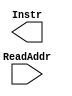
//Stores instruction memeory
module InstrMem(
    //Output(s)
    Instr,
    //Input(s)
    ReadAddr
);
    input wire[15:0] ReadAddr;
    output reg[15:0] Instr; 
endmodule